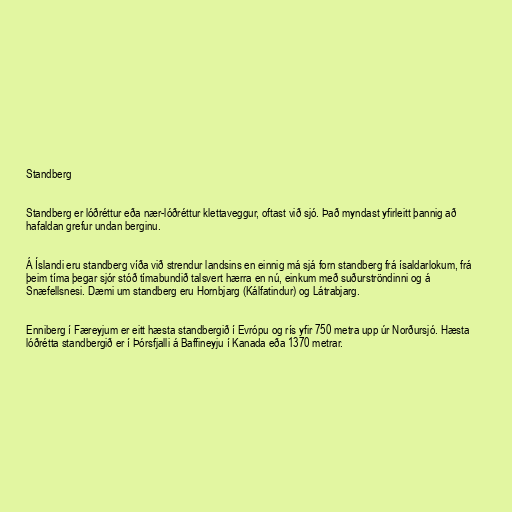
Standberg

Standberg er lóðréttur eða nær-lóðréttur klettaveggur, oftast við sjó. Það myndast yfirleitt þannig að
hafaldan grefur undan berginu.

Á Íslandi eru standberg víða við strendur landsins en einnig má sjá forn standberg frá ísaldarlokum, frá
þeim tíma þegar sjór stóð tímabundið talsvert hærra en nú, einkum með suðurströndinni og á
Snæfellsnesi. Dæmi um standberg eru Hornbjarg (Kálfatindur) og Látrabjarg.

Enniberg í Færeyjum er eitt hæsta standbergið í Evrópu og rís yfir 750 metra upp úr Norðursjó. Hæsta
lóðrétta standbergið er í Þórsfjalli á Baffineyju í Kanada eða 1370 metrar.